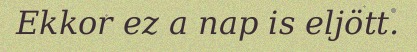
Ekkor ez a nap is eljött.